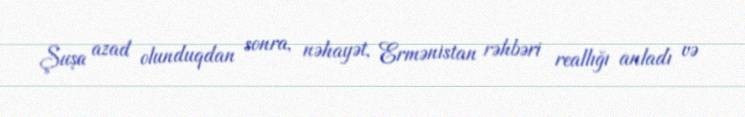
Şuşa azad olunduqdan sonra, nəhayət, Ermənistan rəhbəri reallığı anladı və